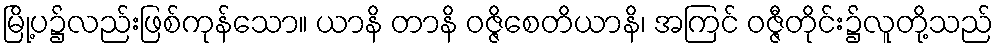
မြို့ပ၌လည်းဖြစ်ကုန်သော။ ယာနိ တာနိ ဝဇ္ဇိစေတိယာနိ၊ အကြင် ဝဇ္ဇီတိုင်း၌လူတို့သည်